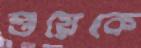
শুয়েকে